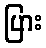
ပြား